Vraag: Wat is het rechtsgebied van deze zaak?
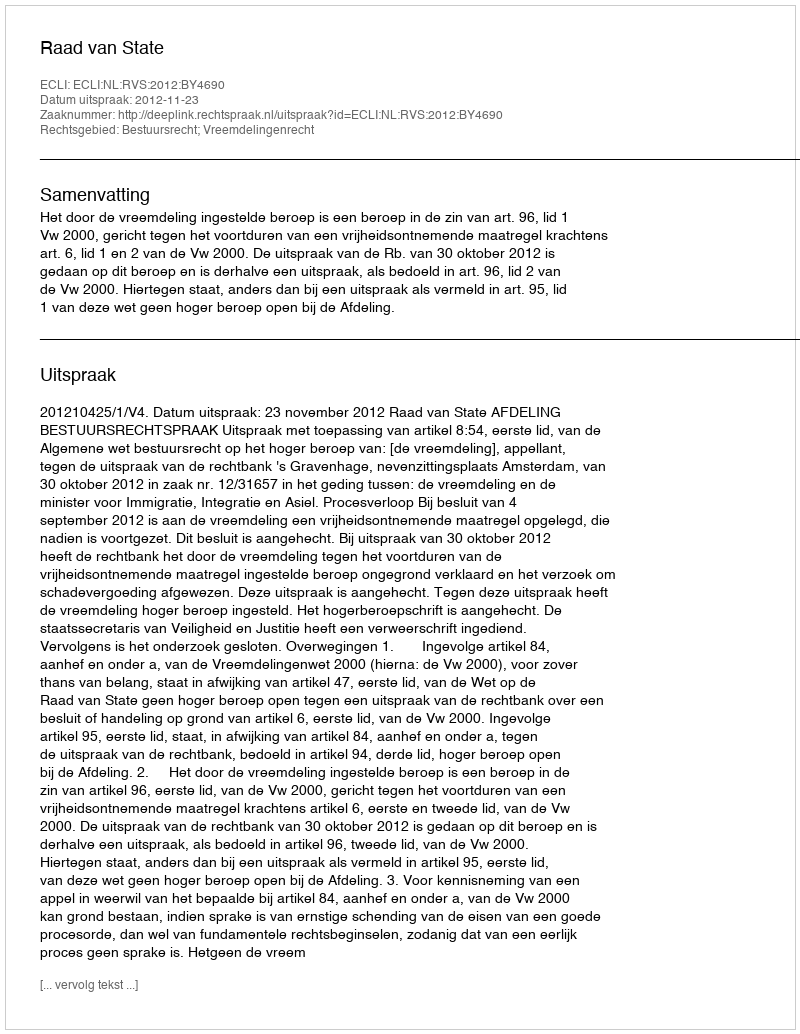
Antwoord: Bestuursrecht; Vreemdelingenrecht